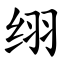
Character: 䌻